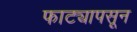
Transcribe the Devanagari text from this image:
फाट्यापसून